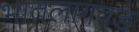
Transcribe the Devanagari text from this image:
भातलागवड